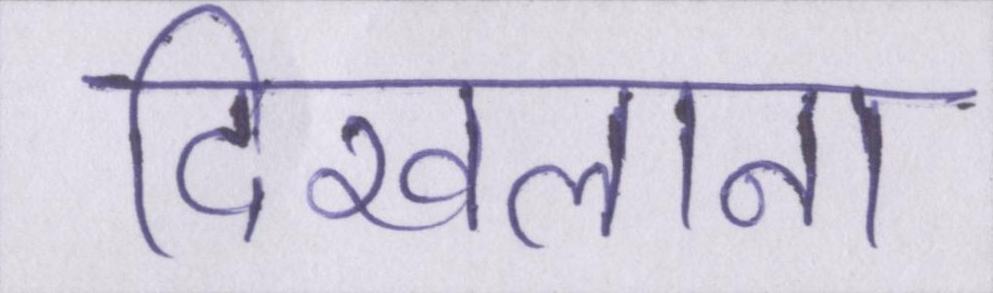
दिखलाना